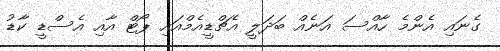
ގެނައި އެންމެ ހާއްސަ އަނެއް ބަދަލީ އެޗްޑީއެމްއައި ޕޯޓް އާއި އެސްޑީ ކާޑު